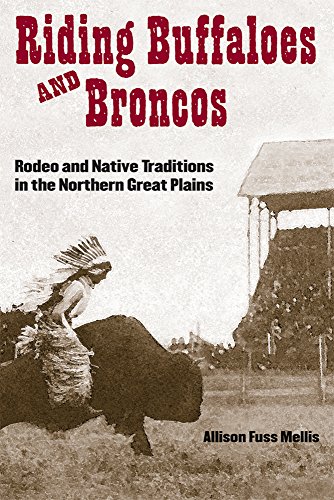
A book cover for Riding Buffaloes and Broncos: Rodeo and Native Traditions in the Northern Great Plains; Allison Fuss Mellis; Sports & Outdoors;